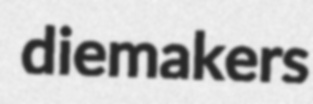
diemakers